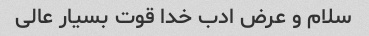
سلام و عرض ادب خدا قوت بسیار عالی